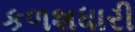
કળશધારી